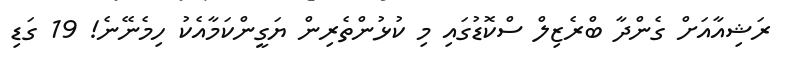
ރަޝިއާއަށް ގެންދާ ބްރެޒިލް ސްކޮޑުގައި މި ކުޅުންތެރިން ޔަގީންކަމާއެކު ހިމެނޭނެ! 19 ގަޑި